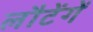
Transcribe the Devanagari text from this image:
लौटेंगें